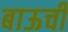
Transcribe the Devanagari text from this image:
बाऊची